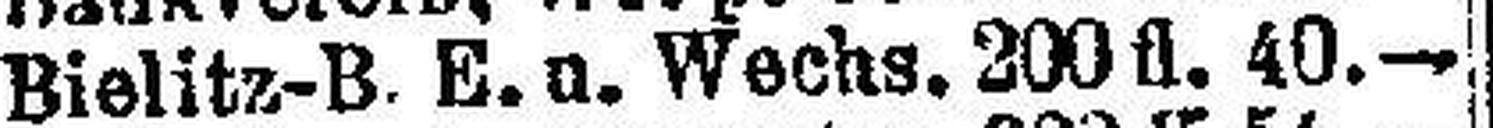
Bielitz-B. E. u. Wechs. 200 fl. 40.—